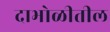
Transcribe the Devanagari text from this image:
दाभोळीतील